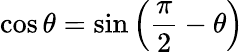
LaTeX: \cos\theta=\sin\left({\frac{\pi}{2}}-\theta\right)